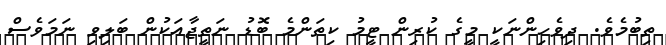
ތިބުމެވެ. ދިވެހިންނަކީ މީގެ ކުރިން ޓީމު ކިތަންމެ ބޮޑު ނަތީޖާއަކުން ބަލިވި ނަމަވެސް